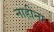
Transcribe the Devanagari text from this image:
नाहीना